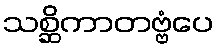
သစ္ဆိကာတဗ္ဗံပေ